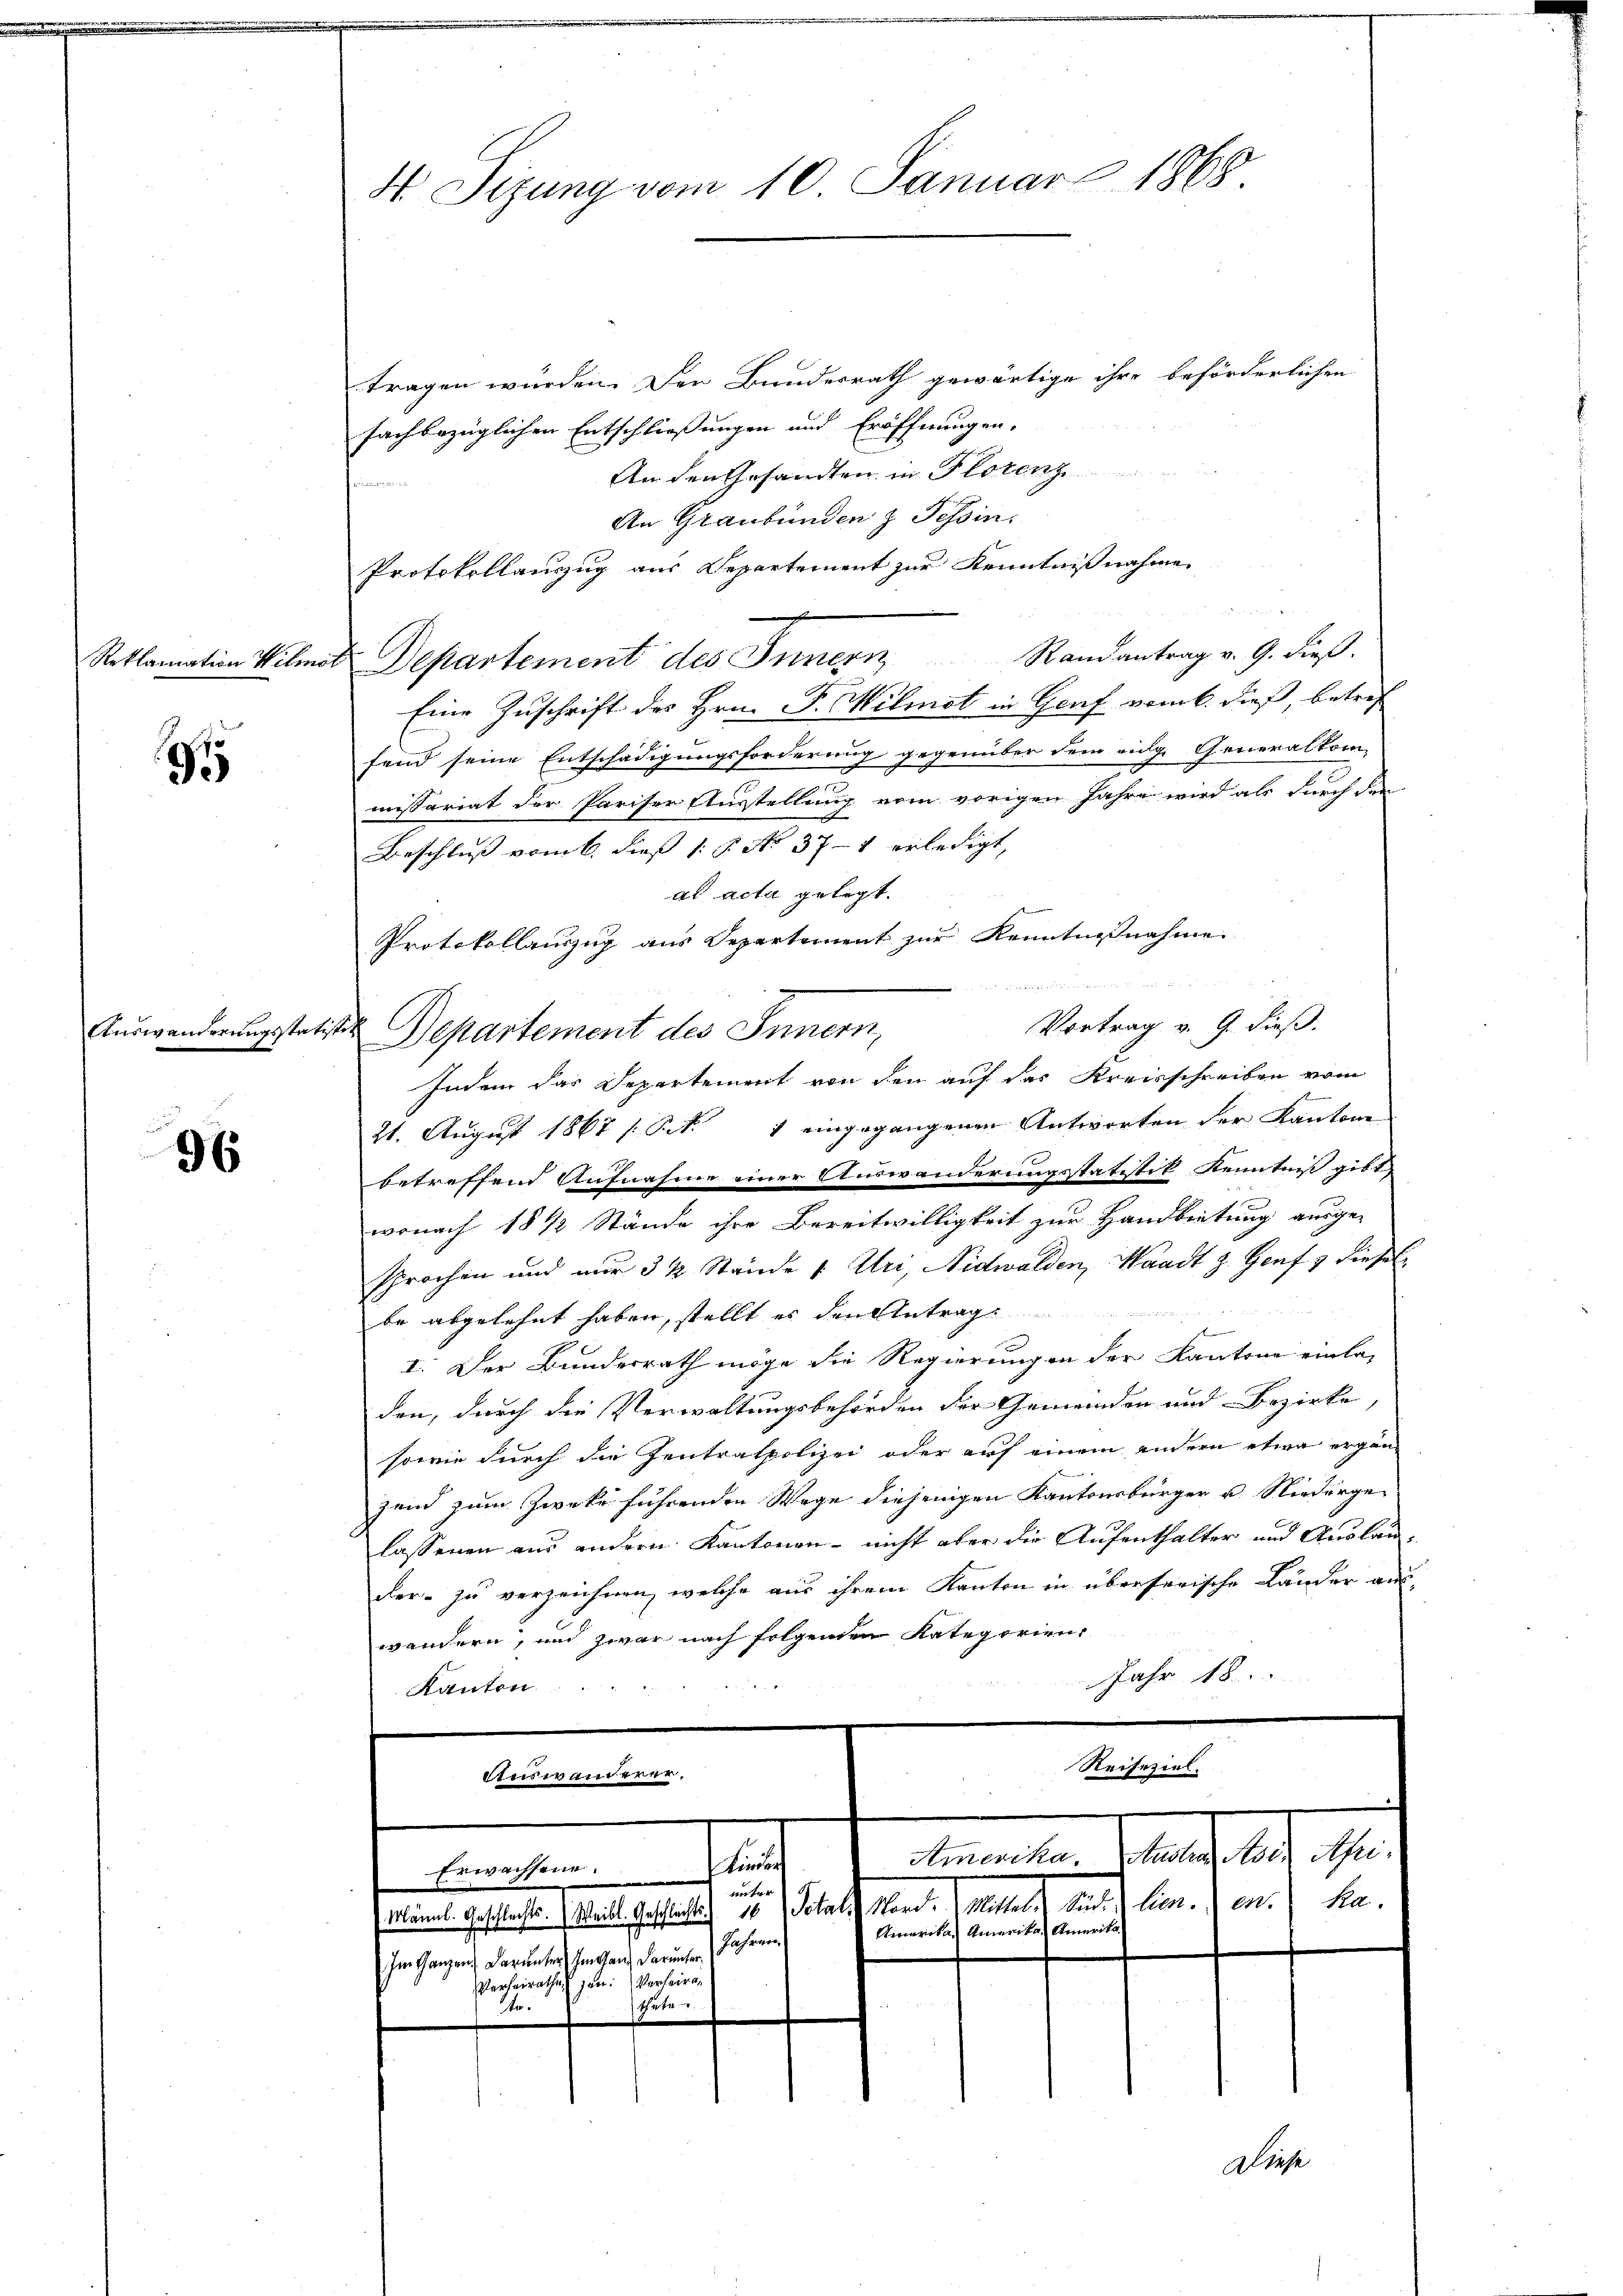
1

Auswanderungsstatister

96

H Sizung vom 10. Januar 1868

tragen würden. Der Bundesrath gewärtige ihre beförderlichen
fachbezüglichen Entschließungen und Eröffnungen.
An den Gesandten in Florenz
An Graubünden z. Tessin.
Protokollauszug aus Departement zur Kenntnißnahme
Reklamation Vilmer Departement des Innern Randantrag v. 9. dieß.
Eine Zuschrift des Hrn. F. Milmet in Graf vom 6. dieß, betref
fend seine Entschädigungsforderung gegenüber dem eidg. Generalkom-
missariat der Pariser Ausstellung vom vorigen Jahre wird als durch den
Beschluß vom 6. dieß 1. P. No 37-4 erledigt,
ad acta gelegt.
Protokollauszug aus Departement zur Kenntnißnahme.
Vortrag v. 9. dieß.
Departement des Innern,
Indem das Departement von den auf das Kreisschreiben vom
21. August 1867 [Pct. 1 eingegangenen Antworten der Kantone
betreffend Aufnahme einer Auswanderungsstatitik Kenntniß gibt,
wonach 18 1/2 Stände ihre Bereitwilligkeit zur Handbietung ausge-
sprochen und nur 3 ½ Stände v. Uri, Nidwalden, Waadt z. Genf & dieselbe abgelehnt haben, stellt es den Antrag
I. Der Bundesrath möge die Regierungen der Kantone einla-
den, durch die Verwaltungsbehörden der Gemeinden und Bezirke,
sowie durch die Zentratpolizei oder auf einem andern etwa erganzend zum Zwecke führenden Wege diejenigen Kantonsbürger u. Niederge-
lassenen aus andern. Kantonen - nicht aber die Aufenthalter und Auslander zu verzeichnen, welche aus ihrem Kanton in überserische Länder aus
wandern, und zwar nach folgenden Kategorien,
Jahr 18
Kanton
Reiseziel.
Auswanderer,

Kinders
Erwachsene
vertre
15) Sotal
Männl. Geschlechts. Weibl. Geschlechts
Im Ganzen, darunter Im ganz darunt. Jahren
Verheirae
Verheirathe,
thüte u.
2.

Stand Gebietet werde von den
Amerika Amerika Amerika

Aathard, s.
Amerika.

Ra

Diese